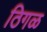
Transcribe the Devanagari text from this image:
ठिगळ